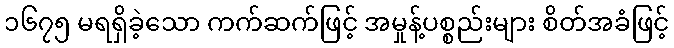
၁၆၇၅ မရရှိခဲ့သော ကက်ဆက်ဖြင့် အမှုန့်ပစ္စည်းများ စိတ်အခံဖြင့်